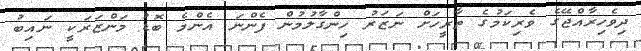
ދިވެހިރާއްޖޭގެ ވެރިކަމުގެ ތާރީހަށް ނަޒަރު ހިންގާލުމުން ފެންނަ އެންމެ ބޮޑު މަންޒަރަކީ ނައިބު